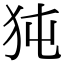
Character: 㹠